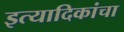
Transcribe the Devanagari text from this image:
इत्यादिकांचा